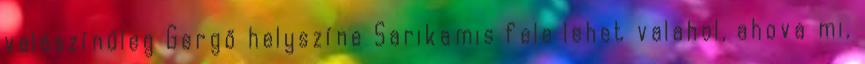
valószínűleg Gergő helyszíne Sarikamis fele lehet valahol, ahova mi,